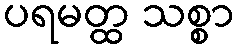
ပရမတ္ထ သစ္စာ